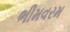
ભીમવરમ